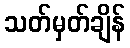
သတ်မှတ်ချိန်